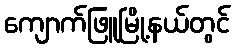
ကျောက်ဖြူမြို့နယ်တွင်